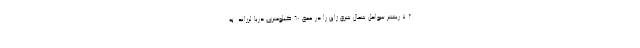
۷.۲ ریشتر سواحل شمال شرق ژاپن را در عمق ۶۰ کیلومتری دریا لرزاند. به